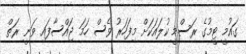
ގައުމީ ޓީމުގެ ރަސްމީ ކުލައަކަށް މިފަހަރު ވެސް ހަމަ ޖައްސާފައި ވަނީ ރަތް